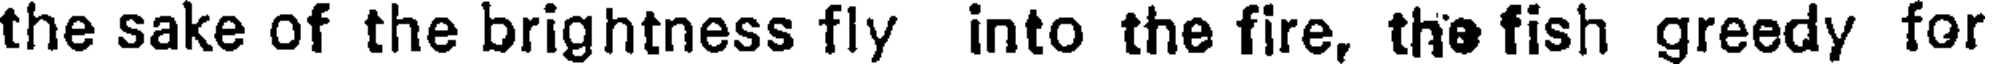
the sake of the brightness fly into the fire, the fish greedy for